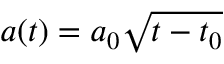
a ( t ) = a _ { 0 } \sqrt { t - t _ { 0 } }